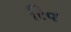
રિવ